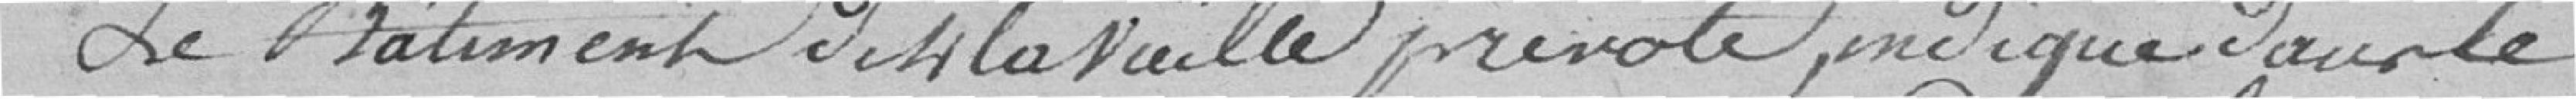
Le bâtiment dit la veille prévôté, indiqué sur le